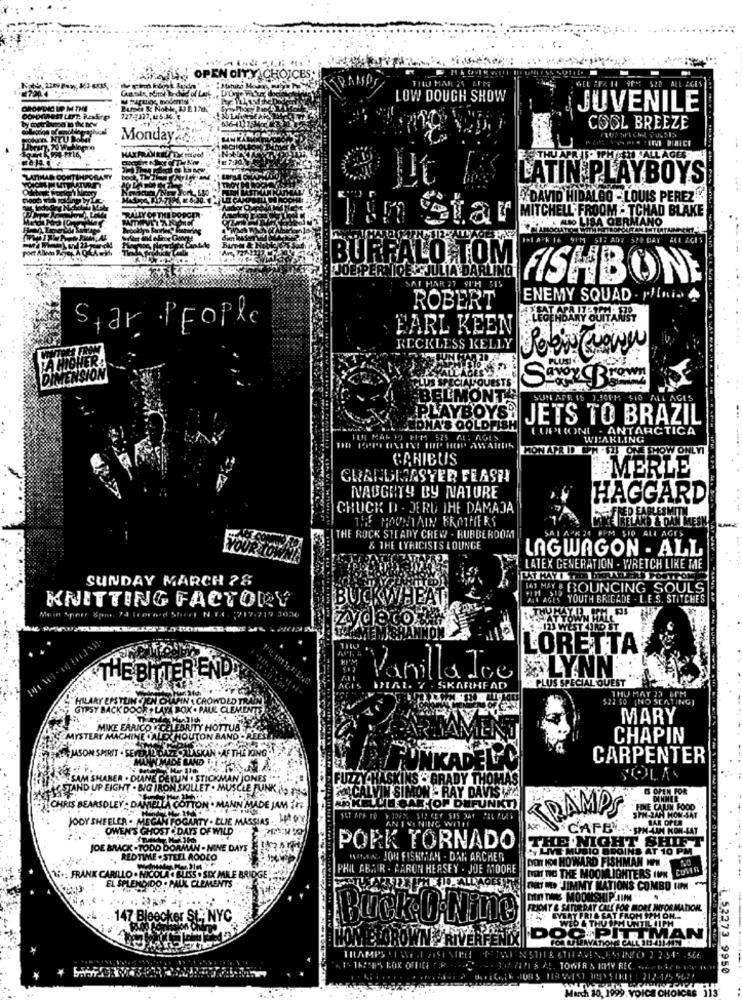
OPEN CITY CHOICES.
THU MAR 25 LFM
LOW DOUGH SHOW
JUVENILE
COOL BREEZE
Monday -os vi
LIVE DINICI
LATIN PLAYBOYS
DAVID HIDALGO - LOUIS PEREZ
RALLY OFT
MITCHELL FROOM - TCHAD BLAKE
ARRUDA GERMANO
Tin Star
PI APK
16 9FM 517 AD7 570 DAY ALL AGES
BUFFALO TOM
ULIA DARLI
PERN
FISHBONE
TH SIS
ENEMY SQUAD . plinio
ROBERT
Star People
FARL KEEN
RECKLESS KELLY
BELMONT
LIO ALL
AGIS
PLAYBOYS
JETS TO BRAZIL
EDNA'S GOLDE
LUPHONI - ANTARCTICA
JUL MAR 10 FHM 525 ME! AGES
RE: AGES
WEAKLING
MON APR IDI
CANIBUS
MERLE
GRANDMASTER FLASH
NAUGHTY BY NATURE
HAGGARD
CHUCK D - JERU THE DAMAJA
THE MOUNTAIN BROTHERS
AKD & OAN
THE ROCK STEADY CREW . RUBBEROOM
ALL AGES
& THE LYRICISTS LOUNGE
LAGWAGON - ALL
LATEX GENERATION - WRETCH LIKE ME
SUNDAY MARCH 78
1AY BOUNCING SOULS
KNITTING FACTORY
¡BUCKWHEA
YOUTH BRIGADE . L.E.S. STITCHES
Mein Sperr 8pm, Id Trorord Shirt N.T.
LORETTA
LYNN
THE BITTER END:
Vanilla Joe
PLU
HEAD
THU MAY 25 6PM
HILARY EPSTEIN GJEN CHAPIN \ CROWDED TRAIN
$22.10 [NO SEATING)
GIPSY BACK DOOR , LAYA BOX . PAUL CLEMENTS
MARY
MIKE EARICO TCELEBRITY HOTTUB
STERY MACHINE .ALEX HOUTON BAND - RES
CHAPIN
JASON SMERIT - SEFELIZ GAZE OALASKAN .AF THE KING"
FUNKADELIC
CARPENTER
MADE BAND FLESTA
SHABER . DIANE DEN
STICKMAN JONES
FUZZY HASKINS - GRADY THOMAS
SOLAN
AND UP EIGHT . BIG IRON SKILLET . MUSCLE FUNK ilo med
CALVIN SIMON - RAY DAVIS
IRIS BEARSOLEY . DANIELLA COTTON . MANN MADE JAM it
KELLIE GAR TOP DEFUNK
TRAMPS
JODY SHEELER . MEGAN FOGARTY . BLIE MASSIAS ..
SST AFF TO 5
ANEVENING WITH
SPM-2AH HOW-SAT
BAR OPEN
... OWEN'S GHOST . DAYS OF WILD"
CAFE
- SPH-AAH KON-SAT
JOE BRACK - TODD DORMAN - NINE DAYS
PORK TORNADO
THE NIGHT SHIFT
AT 10 PM
REDTIME . STEEL AODLO
HVIT.EN JON FISKMAN - DAN ARCHER
DONT ION HOWARD FISHMAN NPM
PHIL ABAIR . AARON HERSEY . JOE MOORE
1 .: FRANK CARILLO . NICOLA CELLSS . SIX MILE BRIDGE;
EL SPLENDIDO . PAUL CLEMENTS
NON ne THE MOOMLIGHTERS INN COMIS
MED. JIMMY MATIONS COMBO UM
DEN TIONS MOOMSHIPSIN
OMSHIP JIMM"
FRIGHT & SATURDAY CALL FOR MORE INFORMATION.
147 Bleecker St .: NYC
Puck O-Nine
THU OCH UNTIL LIP
OO PITTMAN
JAVATIONS CALL JU ATOMIN
HOW ELOROWN RIVERPEND
HILAMPS
LETHAVIN, ESTINTO 2 2.54.
1. 16:58% LOX OFFICE :
. TOWER & HITY REC.
1.52273 9950
10, 10%) voice